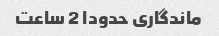
ماندگاری حدودا 2 ساعت